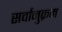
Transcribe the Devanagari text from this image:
सर्वानुक्रम